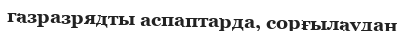
газразрядты аспаптарда, сорғылаудан